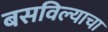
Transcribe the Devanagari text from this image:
बसविल्याचा